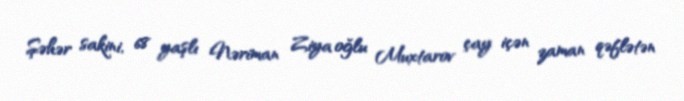
Şəhər sakini, 68 yaşlı Nəriman Ziya oğlu Muxtarov çay içən zaman qəflətən